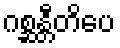
ဂစ္ဆန္တီတိပေ